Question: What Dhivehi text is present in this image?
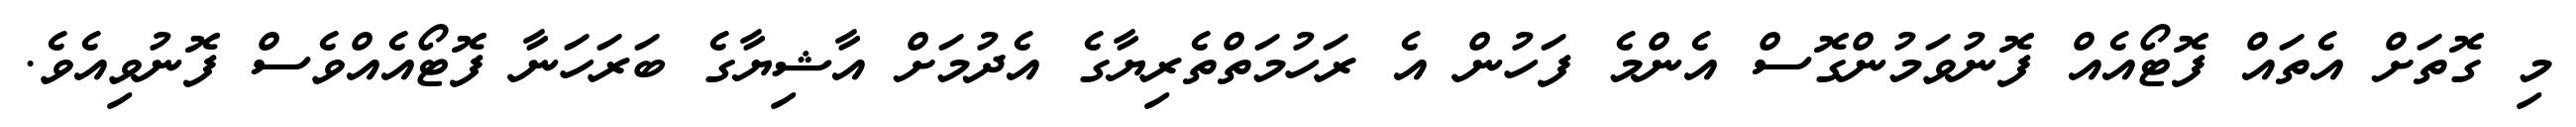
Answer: މި ގޮތަށް އެތައް ފޮޓޯއެއް ފޮނުވަމުންގޮސް އެންމެ ފަހުން އެ ރަހުމަތްތެރިޔާގެ އެދުމަށް އާޝިޔާގެ ބަރަހަނާ ފޮޓޯއެއްވެސް ފޮނުވިއެވެ.